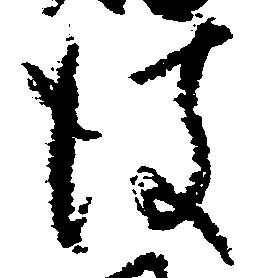
彼